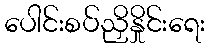
ပေါင်းစပ်ညှိနှိုင်းရေး